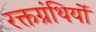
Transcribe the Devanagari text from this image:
रक्तग्रंथियों